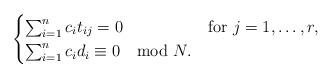
LaTeX: \begin{align*} \begin{cases} \sum_{i=1}^n c_i t_{ij}=0 & \mbox {for } j=1, \ldots, r,\\ \sum_{i=1}^n c_i d_i\equiv 0 \mod N. \end{cases} \end{align*}